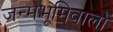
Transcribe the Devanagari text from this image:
जन्मभूमिवालों